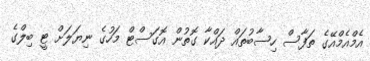
އެމްއެމްއޭގެ ތަފާސް ހިސާބުތައް ދައްކާ ގޮތުން އޮގަސްޓް މަހުގެ ނިޔަލަށް ޓީ ބިލްގެ